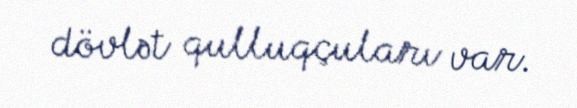
dövlət qulluqçuları var.